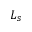
L _ { s }